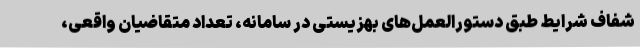
شفاف شرایط طبق دستورالعمل‌های بهزیستی در سامانه، تعداد متقاضیان واقعی،